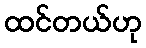
ထင်တယ်ဟု